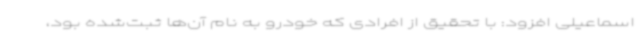
اسماعیلی افزود: با تحقیق از افرادی که خودرو به نام آن‌ها ثبت‌شده بود،